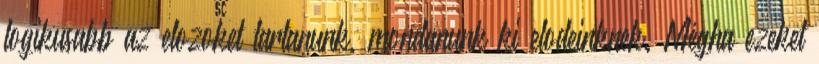
logikusabb az elozoket tartanunk, mondanunk ki elodeinknek. Mégha ezeket